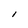
Character: l